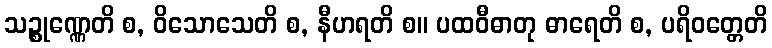
သဉ္စုဏ္ဏေတိ စ, ဝိသောသေတိ စ, နီဟရတိ စ။ ပထဝီဓာတု ဓာရေတိ စ, ပရိဝတ္တေတိ